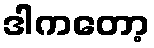
ဒါကတော့